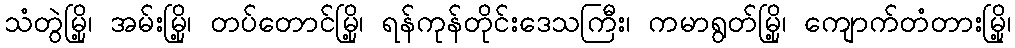
သံတွဲမြို့၊ အမ်းမြို့၊ တပ်တောင်မြို့၊ ရန်ကုန်တိုင်းဒေသကြီး၊ ကမာရွတ်မြို့၊ ကျောက်တံတားမြို့၊